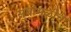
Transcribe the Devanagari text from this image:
सुबाभळीचे